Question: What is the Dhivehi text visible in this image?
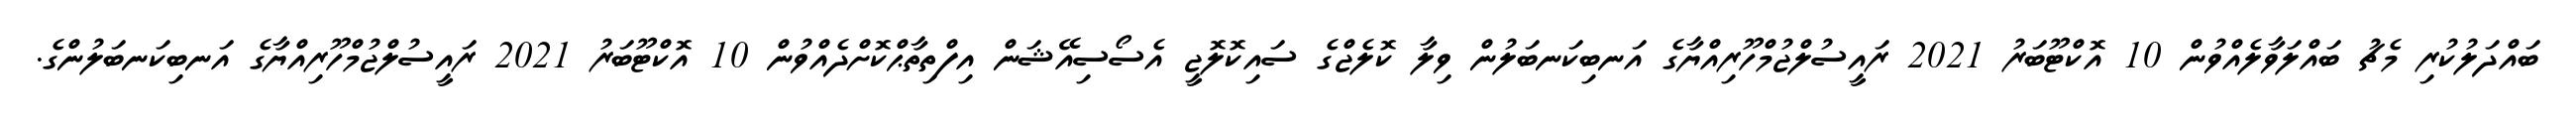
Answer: ބައްދަލުކުރި މެޗު ބައްލަވާލެއްވުން 10 އޮކްޓޫބަރު 2021 ރައީސުލްޖުމްހޫރިއްޔާގެ އަނބިކަނބަލުން ވިލާ ކޮލެޖްގެ ސައިކޮލޮޖީ އެސޯސިއޭޝަން އިފްތިތާޙްކޮށްދެއްވުން 10 އޮކްޓޫބަރު 2021 ރައީސުލްޖުމްހޫރިއްޔާގެ އަނބިކަނބަލުންގެ.